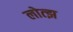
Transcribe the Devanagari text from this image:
लोत्झ